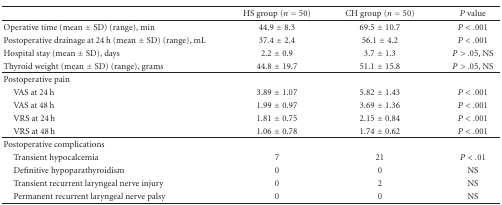
|  | HS group (n = 50) | CH group (n = 50) | P value |
 | --- | --- | --- | --- |
 | Operative time (mean ± SD) (range), min | 44.9 ± 8.3 | 69.5 ± 10.7 | P < .001 |
 | Postoperative drainage at 24 h (mean ± SD) (range), mL | 37.4 ± 2.4 | 56.1 ± 4.2 | P < .001 |
 | Hospital stay (mean ± SD), days | 2.2 ± 0.9 | 3.7 ± 1.3 | P > .05, NS |
 | Thyroid weight (mean ± SD) (range), grams | 44.8 ± 19.7 | 51.1 ± 15.8 | P > .05, NS |
 | Postoperative pain |  |  |  |
 | VAS at 24 h | 3.89 ± 1.07 | 5.82 ± 1.43 | P < .001 |
 | VAS at 48 h | 1.99 ± 0.97 | 3.69 ± 1.36 | P < .001 |
 | VRS at 24 h | 1.81 ± 0.75 | 2.15 ± 0.84 | P < .001 |
 | VRS at 48 h | 1.06 ± 0.78 | 1.74 ± 0.62 | P < .001 |
 | Postoperative complications |  |  |  |
 | Transient hypocalcemia | 7 | 21 | P < .01 |
 | Definitive hypoparathyroidism | 0 | 0 | NS |
 | Transient recurrent laryngeal nerve injury | 0 | 2 | NS |
 | Permanent recurrent laryngeal nerve palsy | 0 | 0 | NS |